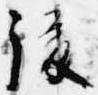
後